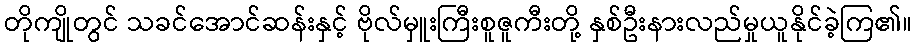
တိုကျိုတွင် သခင်အောင်ဆန်းနှင့် ဗိုလ်မှူးကြီးစူဇူကီးတို့ နှစ်ဦးနားလည်မှုယူနိုင်ခဲ့ကြ၏။